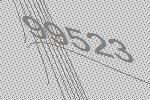
99523